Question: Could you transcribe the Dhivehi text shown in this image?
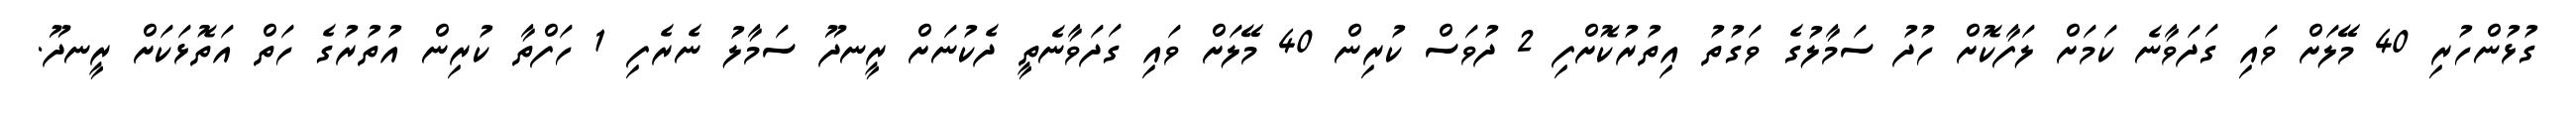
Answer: ގުޅުންހުރި 40 މޭލަށް ވައި ގަދަވާނެ ކަމަށް ލަފާކޮށް ހުދު ސަމާލުގެ ވަގުތު އިތުރުކޮށްފި 2 ދުވަސް ކުރިން 40 މޭލަށް ވައި ގަދަވާނެތީ ދެކުނަށް ރީނދޫ ސަމާލު ނެރެފި 1 ހަފްތާ ކުރިން އުތުރުގެ ހަތް އަތޮޅަކަށް ރީނދޫ.